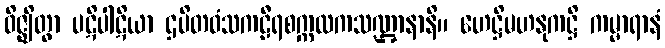
ဝိဇ္ဈိတွာ ပဋိပါဋိယာ ဌပိတဝံသကဠီရစက္ကလကသဏ္ဌာနာနိ။ ဟေဋ္ဌိမဟနုကဋ္ဌိ ကမ္မာရာနံ